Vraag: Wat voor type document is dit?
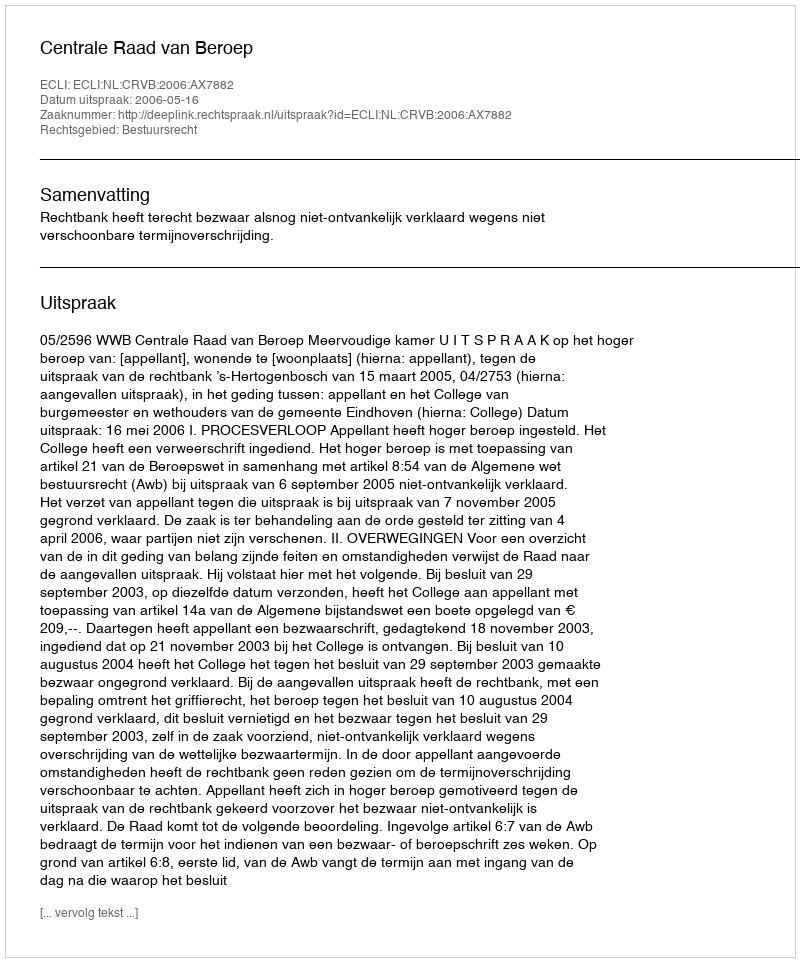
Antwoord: Uitspraak